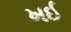
ખઈ